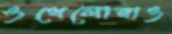
ওথেলোরাও